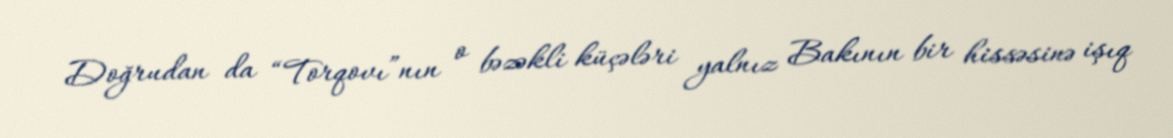
Doğrudan da “Torqovı”nın o bəzəkli küçələri yalnız Bakının bir hissəsinə işıq